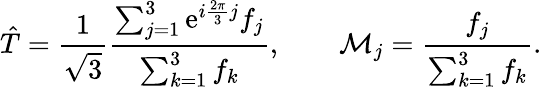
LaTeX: \hat{T}={\frac{1}{\sqrt{3}}}{\frac{\sum_{j=1}^{3}\mathrm{e}^{i{\frac{2\pi}{3}}j}f_{j}}{\sum_{k=1}^{3}f_{k}}},\qquad{\cal M}_{j}={\frac{f_{j}}{\sum_{k=1}^{3}f_{k}}}.